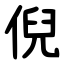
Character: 倪